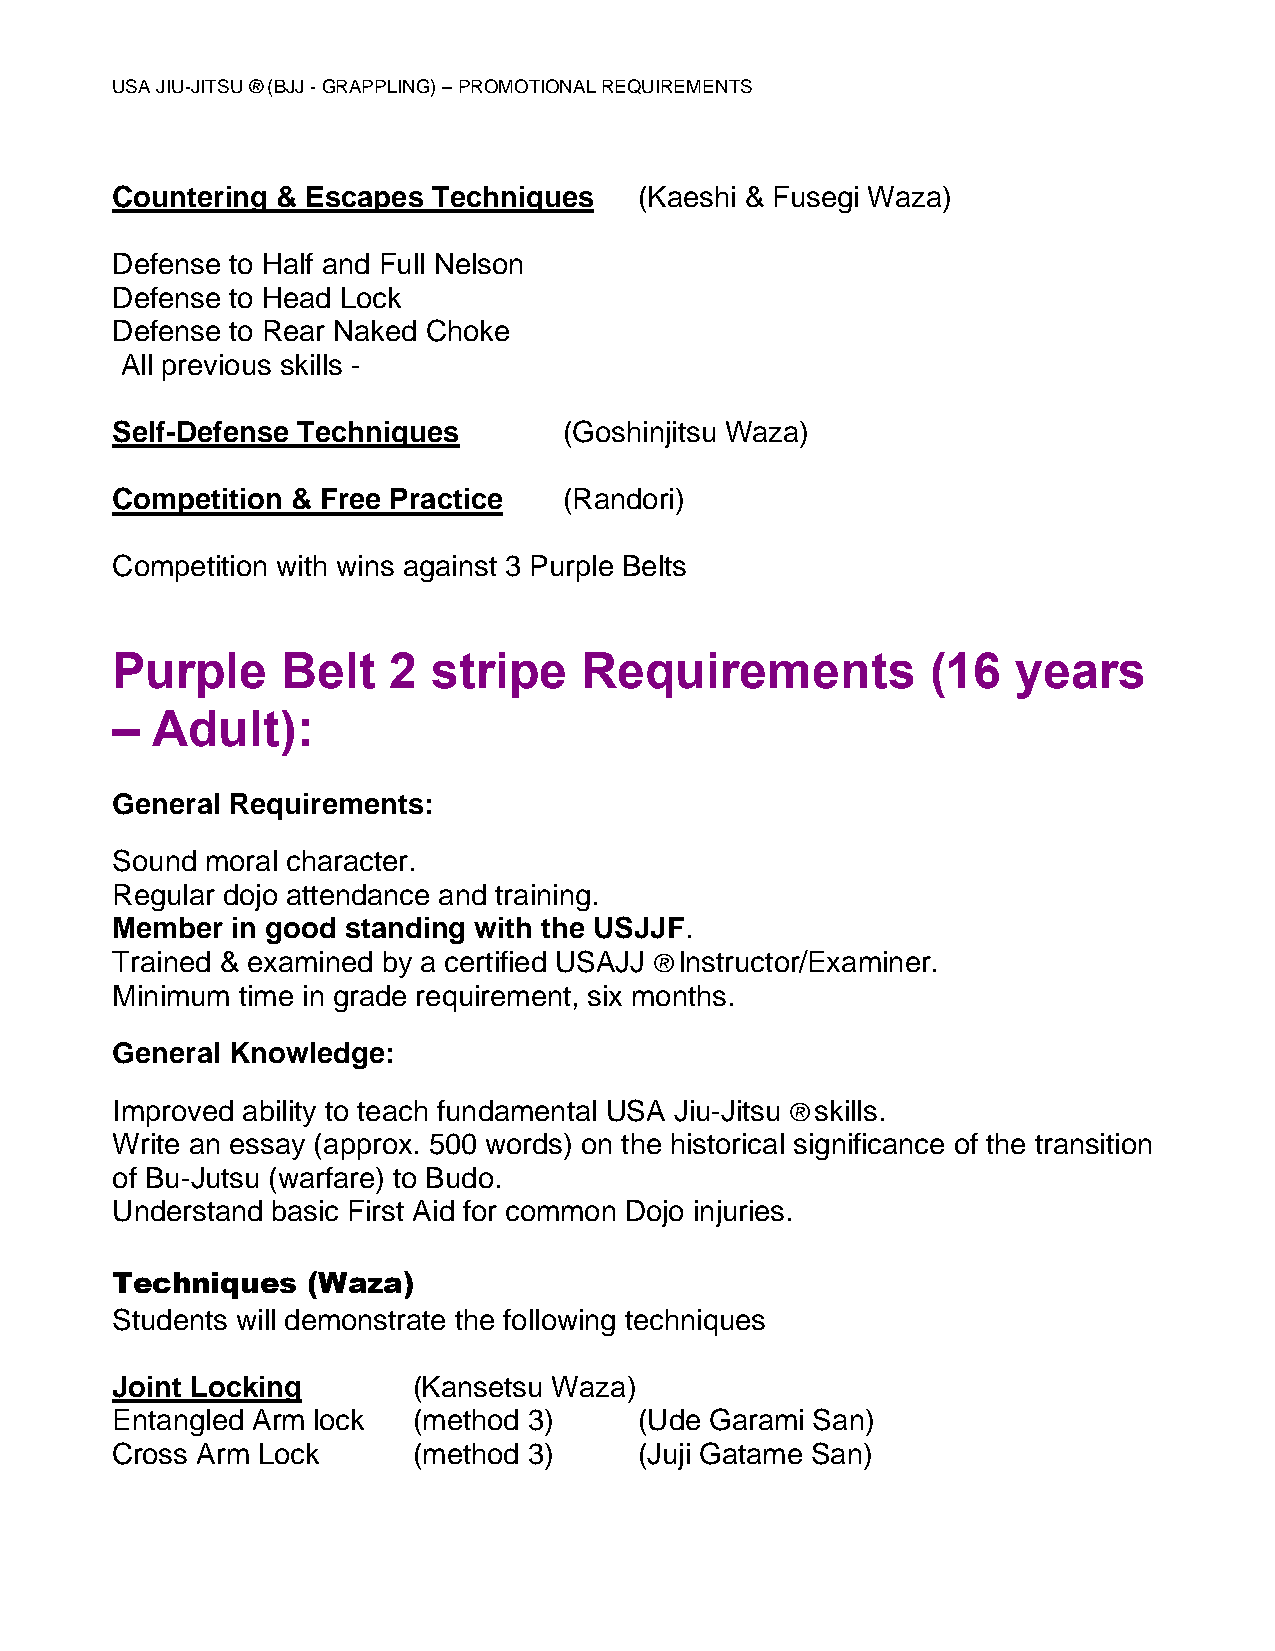
USA JIU-JITSU ® (BJJ - GRAPPLING) – PROMOTIONAL REQUIREMENTS
 Countering & Escapes  Techniques   (Kaeshi & Fusegi Waza)
 Defense to Half and Full Nelson
 Defense to Head Lock
 Defense to Rear Naked Choke
 All previous skills -
 Self-Defense Techniques       (Goshinjitsu Waza)
 Competition & Free Practice   (Randori)
 Competition with wins against 3 Purple Belts
 Purple      Belt   2  stripe    Requirements           (16  years
 –  Adult):
 General Requirements:
 Sound  moral character.
 Regular dojo attendance and training.
 Member  in good standing with the USJJF.
 Trained & examined by a certified USAJJ ® Instructor/Examiner.
 Minimum  time in grade requirement, six months.
 General Knowledge:
 Improved ability to teach fundamental USA Jiu-Jitsu ® skills.
 Write an essay (approx. 500 words) on the historical significance of the transition
 of Bu-Jutsu (warfare) to Budo.
 Understand basic First Aid for common Dojo injuries.
 Techniques   (Waza)
 Students will demonstrate the following techniques
 Joint Locking       (Kansetsu Waza)
 Entangled Arm lock  (method 3)     (Ude Garami San)
 Cross Arm Lock      (method 3)     (Juji Gatame San)